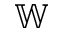
\mathbb { W }